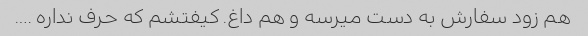
هم زود سفارش به دست میرسه و هم داغ. کیفتشم که حرف نداره ….